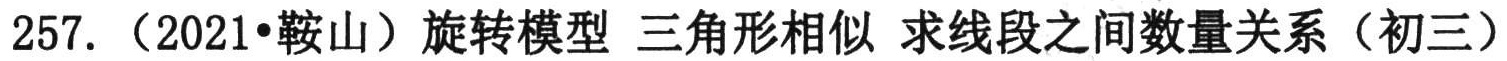
257. （2021•鞍山）旋转模型 三角形相似 求线段之间数量关系（初三）